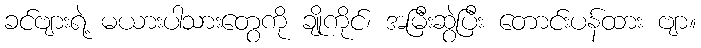
ခင်ဗျားရဲ့ မယားပါသားတွေကို ချိုကိုင်၊ အမြီးဆွဲပြီး တောင်းပန်ထား ဗျာ။